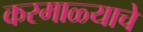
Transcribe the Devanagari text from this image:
करमाळ्याचे